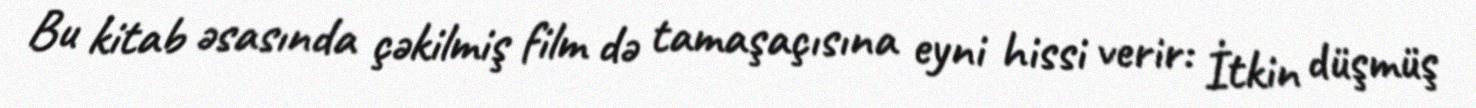
Bu kitab əsasında çəkilmiş film də tamaşaçısına eyni hissi verir: İtkin düşmüş